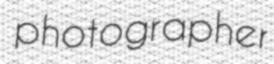
photographer